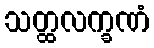
သတ္ထလက္ခဏံ